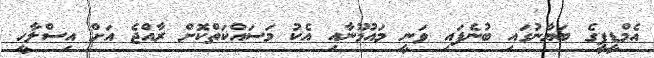
އެމްޑީޕީގެ ބަޔާނުގައި ބުނެފައި ވަނީ މައުމޫނާއި އެކު މަސައްކަތްކޮށް ރާއްޖެ އަށް އިސްލާހީ